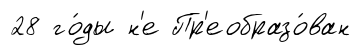
28 го́ды н'е Пр'еобразо́ван